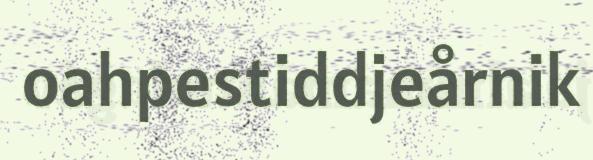
oahpestiddjeårnik